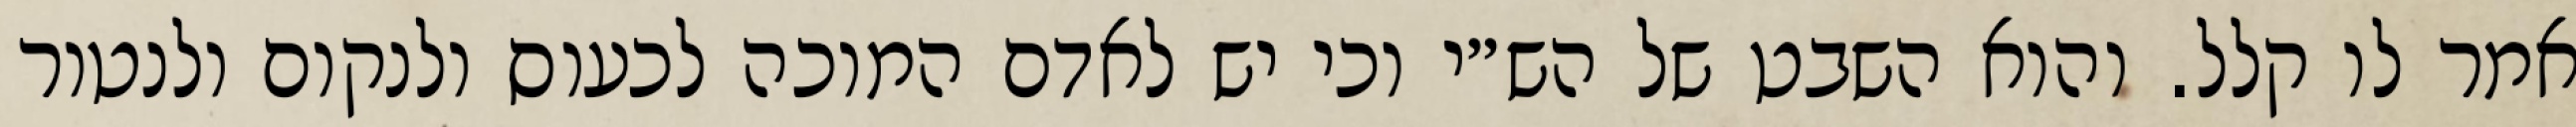
אמר לו קלל. והוא השבט של הש״י וכי יש לאדם המוכה לכעוס ולנקום ולנטור